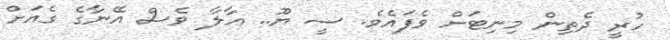
ހުރީ ދެތިން މިނިޓަށް ވެފައެވެ. ސީ ޔޫ.. އާލާ ވެސް އޭނާގެ ގެއަށް